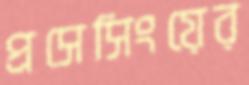
প্রসেসিংয়ের